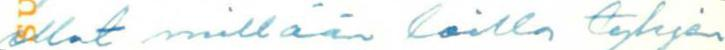
ollut millään lailla tyhjen